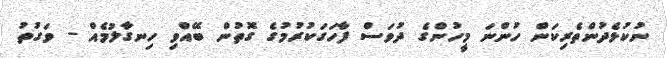
ނުކުޅެދުންތެރިކަން ހުންނަ މީހުންގެ ދުވަސް ފާހަގަކުރުމުގެ ގޮތުން ބޭއްވި ހިނގާލުމެއް - ވަގުތު